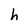
Character: h